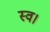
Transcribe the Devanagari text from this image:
स्‍व।